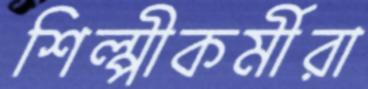
শিল্পীকর্মীরা